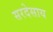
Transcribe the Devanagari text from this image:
सरदेसाय